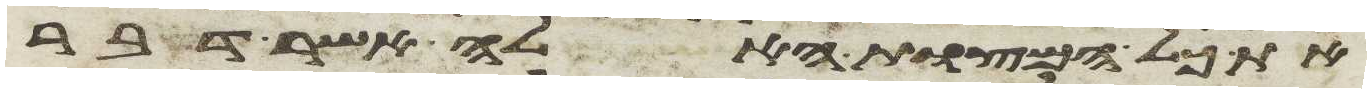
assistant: את כל המצות האלה אשר דבר